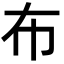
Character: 布